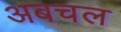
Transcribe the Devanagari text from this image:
अबचल